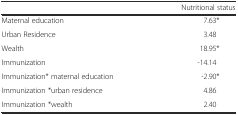
<table><thead><tr><td></td><td><b>Nutritional status</b></td></tr></thead><tbody><tr><td>Maternal education</td><td>7.63*</td></tr><tr><td>Urban Residence</td><td>3.48</td></tr><tr><td>Wealth</td><td>18.95*</td></tr><tr><td>Immunization</td><td>-14.14</td></tr><tr><td>Immunization* maternal education</td><td>-2.90*</td></tr><tr><td>Immunization *urban residence</td><td>4.86</td></tr><tr><td>Immunization *wealth</td><td>2.40</td></tr></tbody></table>